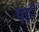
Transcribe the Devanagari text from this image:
चूड़ीं